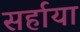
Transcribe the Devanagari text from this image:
सर्हाया